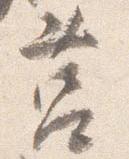
筥